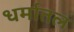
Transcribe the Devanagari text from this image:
धर्मातलं